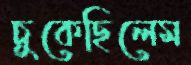
চুকেছিলেম